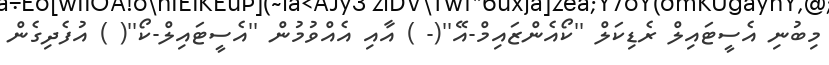
މިބުނި އެސީޓައިލް ރެޑިކަލް ''ކޯއެންޒައިމް-އޭ''(- ) އާއި އެއްވުމުން ''އެސީޓައިލް-ކޯ''( ) އުފެދިގެން